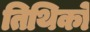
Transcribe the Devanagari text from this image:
तिथिको